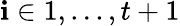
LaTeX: \mathbf{i}\in{1,...,t+1}